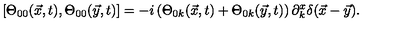
[ \Theta _ { 0 0 } ( \vec { x } , t ) , \Theta _ { 0 0 } ( \vec { y } , t ) ] = - i \left( \Theta _ { 0 k } ( \vec { x } , t ) + \Theta _ { 0 k } ( \vec { y } , t ) \right) \partial _ { k } ^ { x } \delta ( \vec { x } - \vec { y } ) .